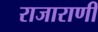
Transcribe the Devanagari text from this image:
राजाराणी